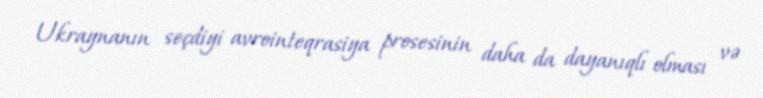
Ukraynanın seçdiyi avrointeqrasiya prosesinin daha da dayanıqlı olması və